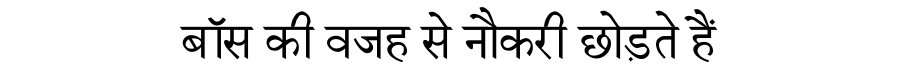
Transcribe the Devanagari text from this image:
बॉस की वजह से नौकरी छोड़ते हैं